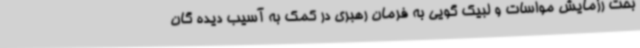
بحث رزمایش مواسات و لبیک گویی به فرمان رهبری در کمک به آسیب دیده گان